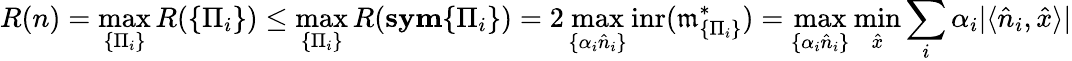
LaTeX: R(n)=\operatorname*{max}_{\{ \Pi_{i}\} }R({\{ \Pi_{i}\} })\le\operatorname*{max}_{\{ \Pi_{i}\} }R({\mathrm{\textbf{sym}}\{ \Pi_{i}\} })=2\operatorname*{max}_{\{ \alpha_{i}\hat{n}_{i}\} }\mathrm{inr}(\mathfrak{m}_{\{ \Pi_{i}\} }^{*})=\operatorname*{max}_{\{ \alpha_{i}\hat{n}_{i}\} }\operatorname*{min}_{\hat{x}}\sum_{i}\alpha_{i}|\langle\hat{n}_{i},\hat{x}\rangle|